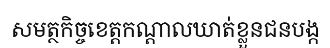
សមត្ថកិច្ចខេត្តកណ្តាលឃាត់ខ្លួនជនបង្ក